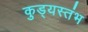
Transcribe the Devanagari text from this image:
कुड्यस्तंभ